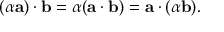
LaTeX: ( \alpha \mathbf { a } ) \cdot \mathbf { b } = \alpha ( \mathbf { a } \cdot \mathbf { b } ) = \mathbf { a } \cdot ( \alpha \mathbf { b } ) .